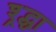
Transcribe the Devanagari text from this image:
श्र्द्धा